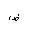
Letter: _dad